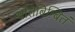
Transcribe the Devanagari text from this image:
प्रतिबिम्बितं